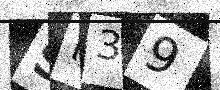
Text: SI39